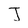
Character: J